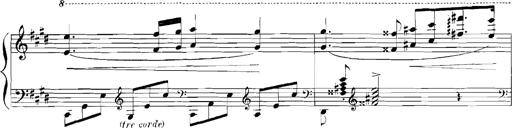
Title: Rhapsodies hongroises
Composer: Franz Liszt